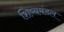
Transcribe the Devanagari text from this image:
शिष्यमंडल